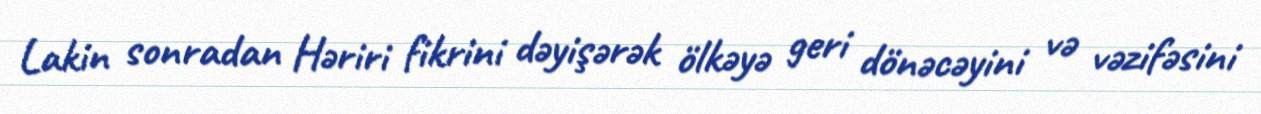
Lakin sonradan Həriri fikrini dəyişərək ölkəyə geri dönəcəyini və vəzifəsini